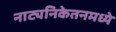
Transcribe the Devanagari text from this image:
नाट्यनिकेतनमध्ये